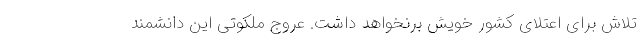
تلاش برای اعتلای کشور خویش برنخواهد داشت. عروج ملکوتی این دانشمند